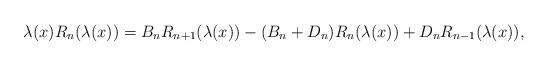
LaTeX: \begin{align*}\lambda(x)R_n(\lambda(x)) = B_nR_{n+1}(\lambda(x)) - (B_n + D_n)R_n(\lambda(x)) + D_nR_{n-1}(\lambda(x)),\end{align*}